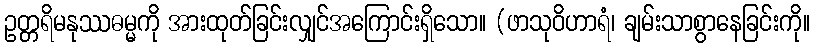
ဥတ္တရိမနုဿဓမ္မကို အားထုတ်ခြင်းလျှင်အကြောင်းရှိသော။ (ဖာသုဝိဟာရံ၊ ချမ်းသာစွာနေခြင်းကို။